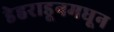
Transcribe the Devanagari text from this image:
डेहराडूनमधून